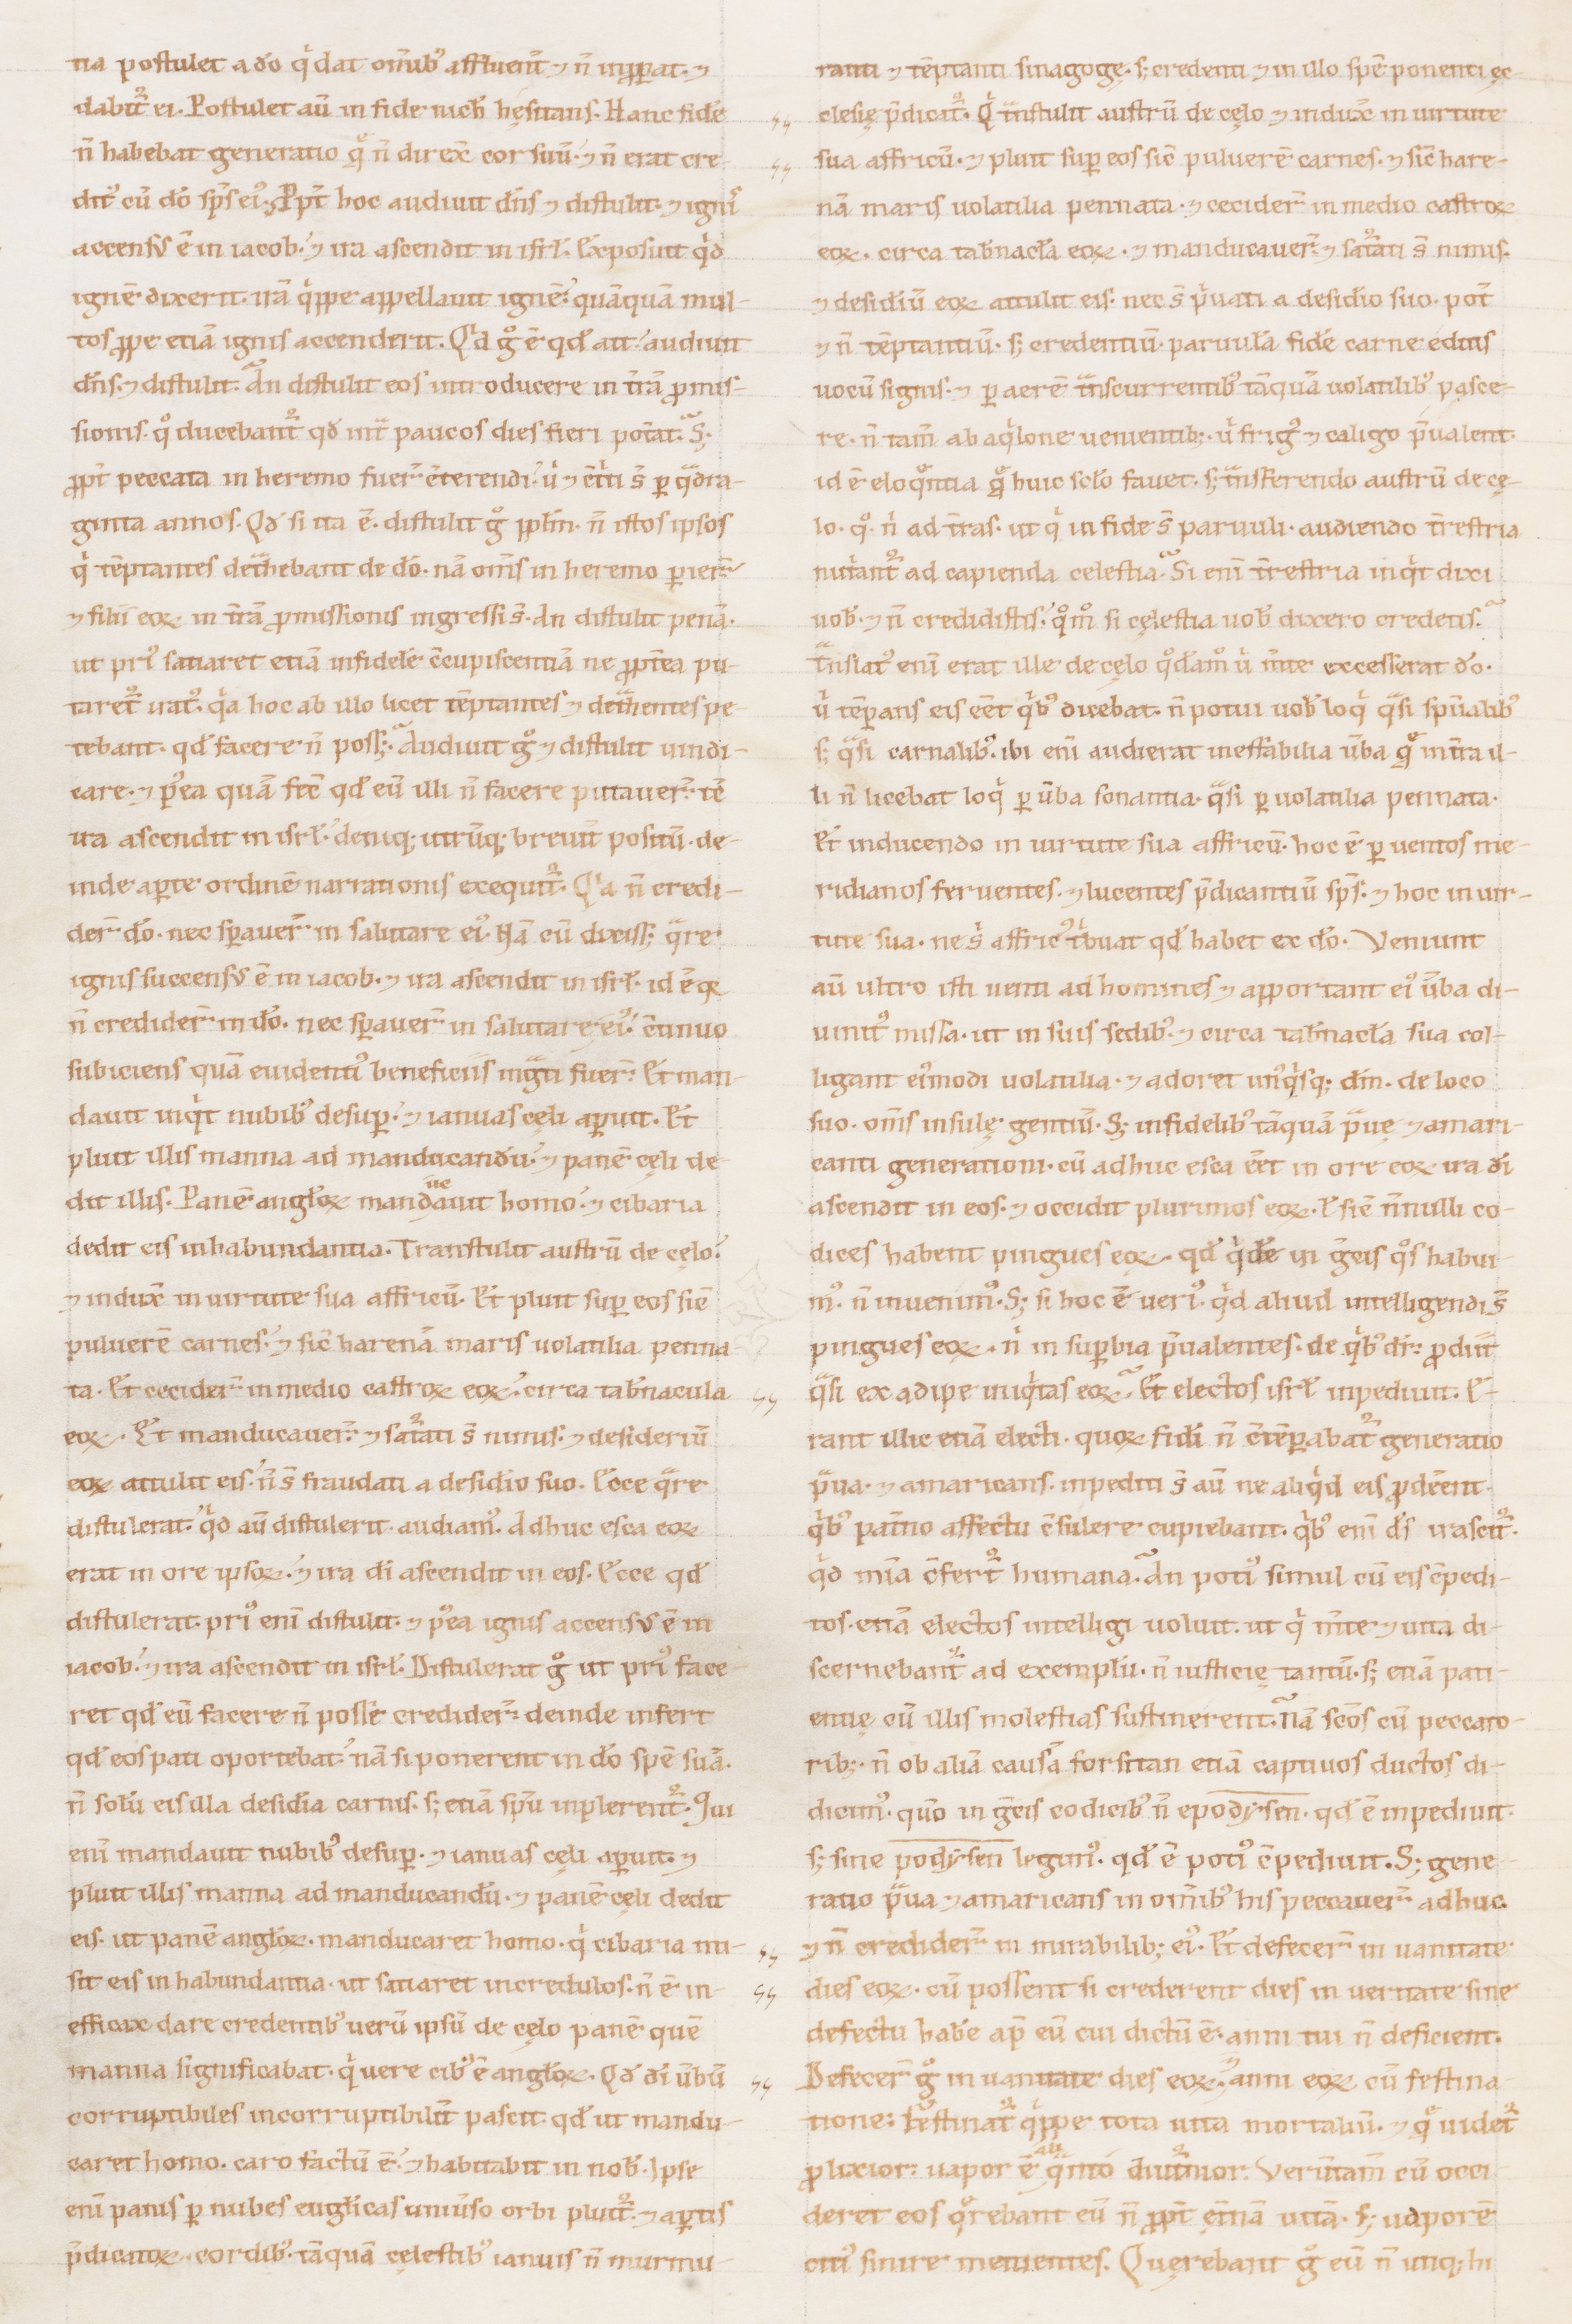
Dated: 1100–1199